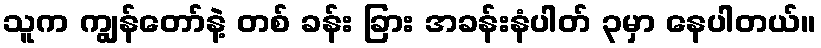
သူက ကျွန်တော်နဲ့ တစ် ခန်း ခြား အခန်းနံပါတ် ၃မှာ နေပါတယ်။